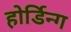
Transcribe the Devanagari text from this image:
होर्डिन्ग